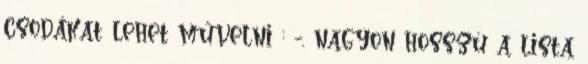
csodákat lehet művelni : -. nagyon hosszú a lista